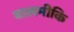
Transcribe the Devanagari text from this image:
वालमीकि